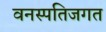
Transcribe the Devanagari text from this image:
वनस्पतिजगत